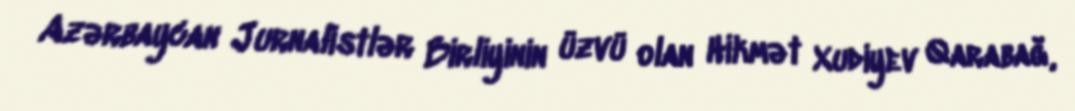
Azərbaycan Jurnalistlər Birliyinin üzvü olan Hikmət Xudiyev Qarabağ,